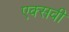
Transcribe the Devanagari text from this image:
एक्सवी